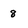
Character: 8